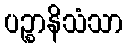
ပဉ္စာနိသံသာ